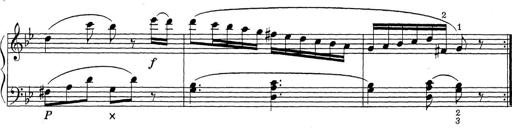
Title: ÄŒeskÃ© Sonatiny
Composer: Various